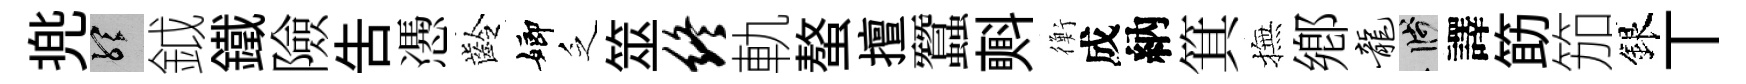
兠聽鉞鐵險告慿齡嫏乏筮终軌螯擅蠶㪺衡成納箕撫鄕龙箋譯筯笳銀丅